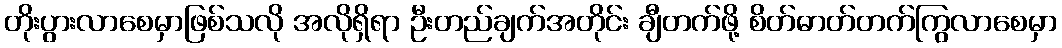
တိုးပွားလာစေမှာဖြစ်သလို အလိုရှိရာ ဦးတည်ချက်အတိုင်း ချီတက်ဖို့ စိတ်ဓာတ်တက်ကြွလာစေမှာ